Annual returns of the Patna Lunatic Asylum at Bankipore in Bihar and Orissa - 1912-1924
Year: 1912
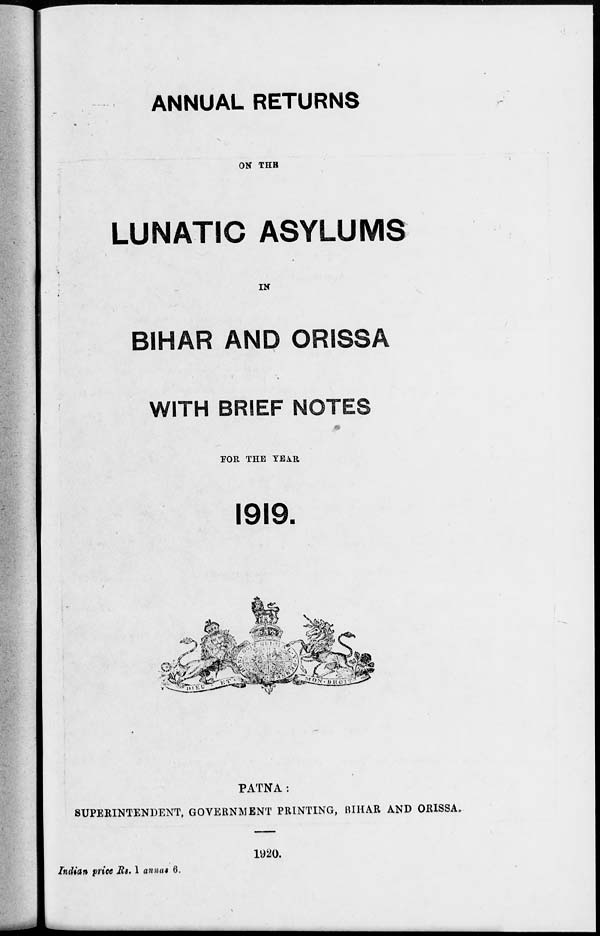
ANNUAL RETURNS
ON THE
LUNATIC ASYLUMS
IN
BIHAR AND ORISSA
WITH BRIEF NOTES
FOR THE YEAR
1919.
PATNA:
SUPERINTENDENT, GOVERNMENT PRINTING, BIHAR AND ORISSA.
1920.
Indian price Rs. 1 annas 6.